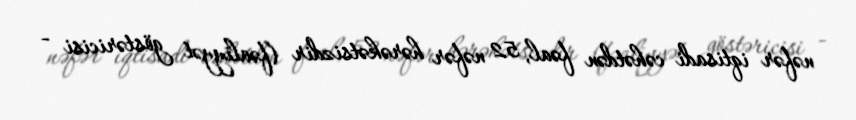
nəfər iqtisadi cəhətdən fəal, 52 nəfər hərəkətsizdir (fəaliyyət göstəricisi -